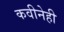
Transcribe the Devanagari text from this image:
कवीनेही